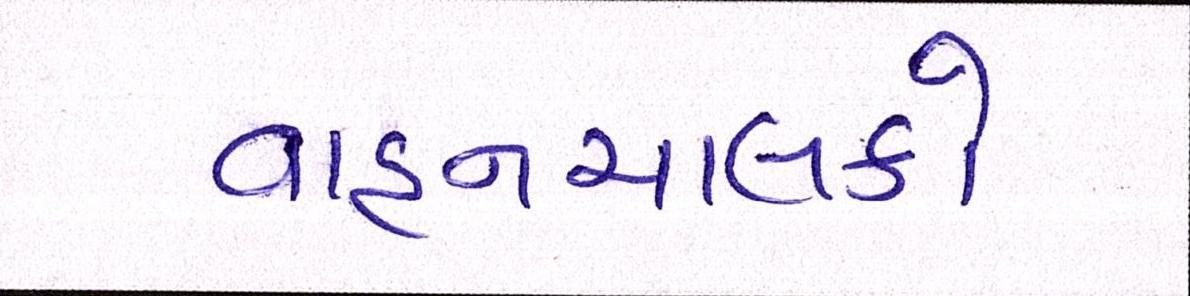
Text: વાહનચાલકો